Annual report of the Bengal Veterinary College and of the Civil Veterinary Department, Bengal, for the year 1920-21 - 1920-1921
Year: 1920
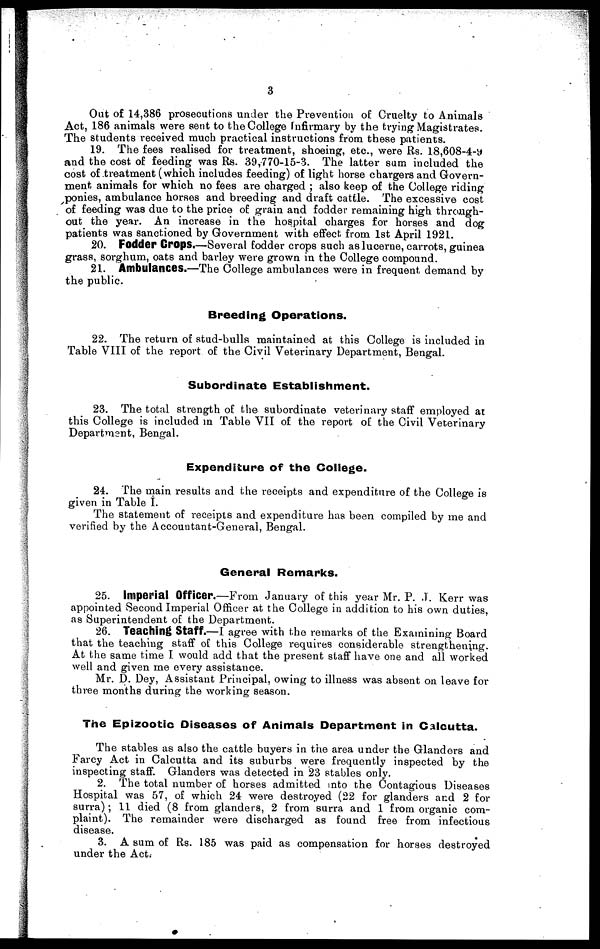
3
Out of 14,386 prosecutions under the Prevention of Cruelty to Animals
Act, 186 animals were sent to the College Infirmary by the trying Magistrates.
The students received much practical instructions from these patients.
19. The fees realised for treatment, shoeing, etc., were Rs. 18,608-4-9
and the cost of feeding was Rs. 39,770-15-3. The latter sum included the
cost of treatment (which includes feeding) of light horse chargers and Govern-
ment animals for which no fees are charged; also keep of the College riding
ponies, ambulance horses and breeding and draft cattle. The excessive cost
of feeding was due to the price of grain and fodder remaining high through-
out the year. An increase in the hospital charges for horses and dog
patients was sanctioned by Government with effect from 1st April 1921.
20. Fodder Crops.—Several fodder crops such as lucerne, carrots, guinea
grass, sorghum, oats and barley were grown in the College compound.
21. Ambulances.—The College ambulances were in frequent demand by
the public.
Breeding Operations.
22. The return of stud-bulls maintained at this College is included in
Table VIII of the report of the Civil Veterinary Department, Bengal.
Subordinate Establishment.
23. The total strength of the subordinate veterinary staff employed at
this College is included in Table VII of the report of the Civil Veterinary
Department, Bengal.
Expenditure of the College.
24. The main results and the receipts and expenditure of the College is
given in Table I.
The statement of receipts and expenditure has been compiled by me and
verified by the Accountant-General, Bengal.
General Remarks.
25. Imperial Officer.—From January of this year Mr. P. J. Kerr was
appointed Second Imperial Officer at the College in addition to his own duties,
as Superintendent of the Department.
26. Teaching Staff.—I agree with the remarks of the Examining Board
that the teaching staff of this College requires considerable strengthening.
At the same time I would add that the present staff have one and all worked
well and given me every assistance.
Mr. D. Dey, Assistant Principal, owing to illness was absent on leave for
three months during the working season.
The Epizootic Diseases of Animals Department in Calcutta.
The stables as also the cattle buyers in the area under the Glanders and
Farcy Act in Calcutta and its suburbs were frequently inspected by the
inspecting staff. Glanders was detected in 23 stables only.
2. The total number of horses admitted into the Contagious Diseases
Hospital was 57, of which 24 were destroyed (22 for glanders and 2 for
surra); 11 died (8 from glanders, 2 from surra and 1 from organic com-
plaint). The remainder were discharged as found free from infectious
disease.
3. A sum of Rs. 185 was paid as compensation for horses destroyed
under the Act.